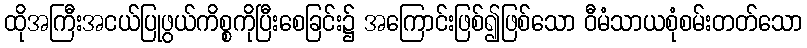
ထိုအကြီးအငယ်ပြုဖွယ်ကိစ္စကိုပြီးစေခြင်း၌ အကြောင်းဖြစ်၍ဖြစ်သော ဝီမံသာယစုံစမ်းတတ်သော